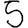
Digit: 5